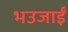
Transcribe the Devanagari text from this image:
भउजाईं